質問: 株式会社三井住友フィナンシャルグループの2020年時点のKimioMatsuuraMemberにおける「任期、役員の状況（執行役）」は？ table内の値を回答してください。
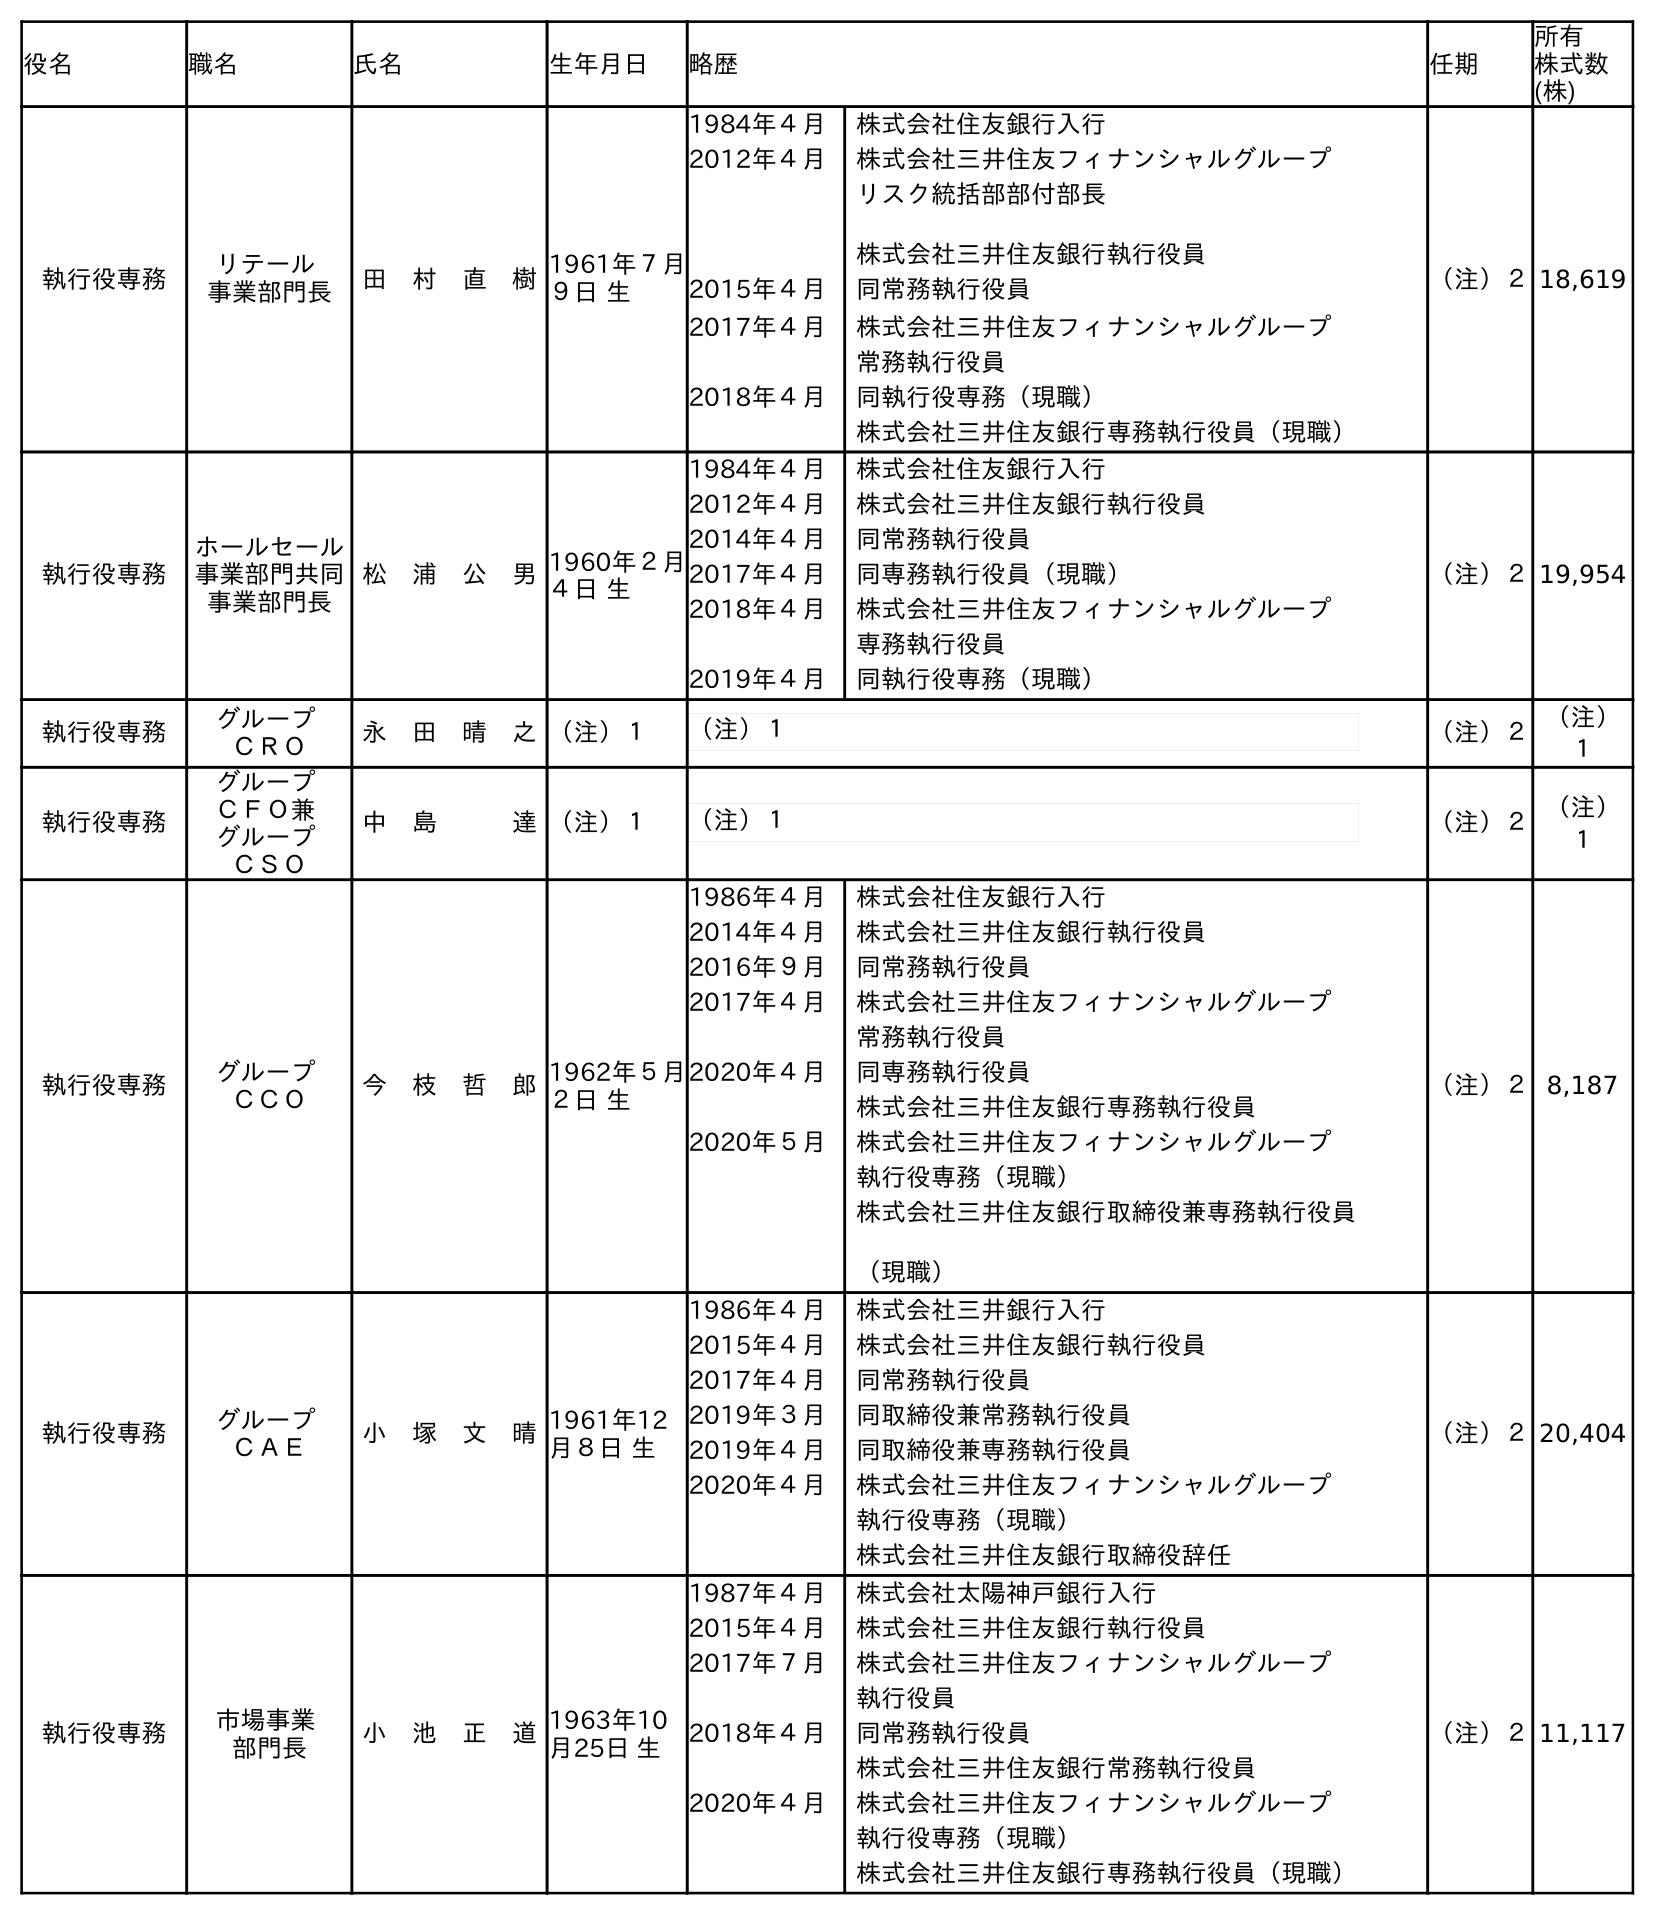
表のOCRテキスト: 役名 職名 氏名 生年月日 略歴 任期 所有 株式数 (株) 執行役専務 リテール 事業部門長 田 村 直 樹1961年７月 ９日 生 1984年４月 株式会社住友銀行入行 2012年４月 株式会社三井住友フィナンシャルグループ リスク統括部部付部長 株式会社三井住友銀行執行役員 2015年４月 同常務執行役員 2017年４月 株式会社三井住友フィナンシャルグループ 常務執行役員 2018年４月 同執行役専務（現職） 株式会社三井住友銀行専務執行役員（現職） （注）２18,619 執行役専務 ホールセール 事業部門共同 事業部門長 松 浦 公 男1960年２月 ４日 生 1984年４月 株式会社住友銀行入行 2012年４月 株式会社三井住友銀行執行役員 2014年４月 同常務執行役員 2017年４月 同専務執行役員（現職） 2018年４月 株式会社三井住友フィナンシャルグループ 専務執行役員 2019年４月 同執行役専務（現職） （注）２19,954 執行役専務 グループ ＣＲＯ 永 田 晴 之（注）１ （注）１ （注）２（注） １ 執行役専務 グループ ＣＦＯ兼 グループ ＣＳＯ 中 島   達（注）１ （注）１ （注）２（注） １ 執行役専務 グループ ＣＣＯ 今 枝 哲 郎1962年５月 ２日 生 1986年４月 株式会社住友銀行入行 2014年４月 株式会社三井住友銀行執行役員 2016年９月 同常務執行役員 2017年４月 株式会社三井住友フィナンシャルグループ 常務執行役員 2020年４月 同専務執行役員 株式会社三井住友銀行専務執行役員 2020年５月 株式会社三井住友フィナンシャルグループ 執行役専務（現職） 株式会社三井住友銀行取締役兼専務執行役員 （現職） （注）２8,187 執行役専務 グループ ＣＡＥ 小 塚 文 晴1961年12 月８日 生 1986年４月 株式会社三井銀行入行 2015年４月 株式会社三井住友銀行執行役員 2017年４月 同常務執行役員 2019年３月 同取締役兼常務執行役員 2019年４月 同取締役兼専務執行役員 2020年４月 株式会社三井住友フィナンシャルグループ 執行役専務（現職） 株式会社三井住友銀行取締役辞任 （注）２20,404 執行役専務 市場事業 部門長 小 池 正 道1963年10 月25日 生 1987年４月 株式会社太陽神戶銀行入行 2015年４月 株式会社三井住友銀行執行役員 2017年７月 株式会社三井住友フィナンシャルグループ 執行役員 2018年４月 同常務執行役員 株式会社三井住友銀行常務執行役員 2020年４月 株式会社三井住友フィナンシャルグループ 執行役専務（現職） 株式会社三井住友銀行専務執行役員（現職） （注）２11,117
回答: （注）２